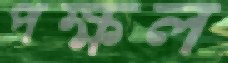
পক্ষল